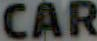
CAR